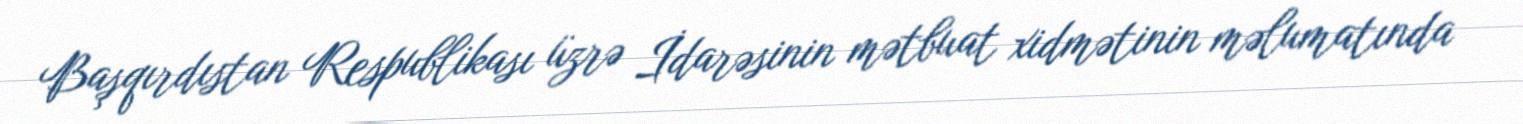
Başqırdıstan Respublikası üzrə İdarəsinin mətbuat xidmətinin məlumatında